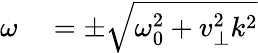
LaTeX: \begin{array}{rl}{\omega}&{{}=\pm\sqrt{\omega_{0}^{2}+v_{\perp}^{2}k^{2}}}\end{array}